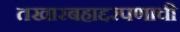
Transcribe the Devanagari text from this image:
तखारबहाद्दरपणाची